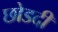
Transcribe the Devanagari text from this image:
छोडदी